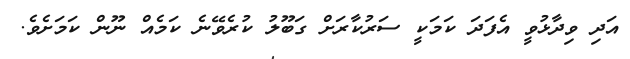
އަދި ވިދާޅުވީ އެފަދަ ކަމަކީ ސަރުކާރަށް ގަބޫލު ކުރެވޭނެ ކަމެއް ނޫން ކަމަށެވެ.